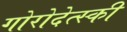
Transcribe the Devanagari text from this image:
गोरोदेत्स्की